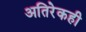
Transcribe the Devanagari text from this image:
अतिरेकही